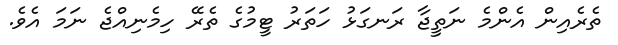
ތެރެއިން އެންމެ ނަތީޖާ ރަނގަޅު ހަތަރު ޓީމުގެ ތެރޭ ހިމެނިއްޖެ ނަމަ އެވެ.